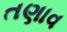
તણાવ